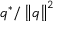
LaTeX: q ^ { * } / \left\Vert q \right\| ^ { 2 }